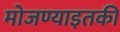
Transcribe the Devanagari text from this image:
मोजण्याइतकी